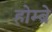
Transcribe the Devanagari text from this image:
होम्ब्रे